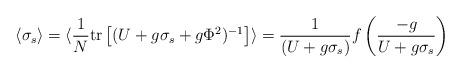
LaTeX: \begin{align*}\langle\sigma_s\rangle=\langle{1 \over N} \makebox{tr}\left[(U+g \sigma_s +g \Phi^2)^{-1}\right]\rangle={1 \over (U+g \sigma_s) } f\left({-g \over U+g \sigma_s}\right)\end{align*}